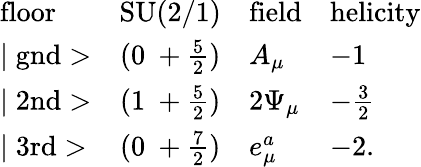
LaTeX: \begin{array}{lcll}{{\mathrm{floor}}}&{{\mathrm{SU(2/1)}}}&{{\mathrm{field}}}&{{\mathrm{helicity}}}\\ {{\mid\mathrm{gnd}>}}&{{(0~+\frac{5}{2})}}&{{A_{\mu}}}&{{-1}}\\ {{\mid\mathrm{2nd}>}}&{{(1~+\frac{5}{2})}}&{{2\Psi_{\mu}}}&{{-\frac{3}{2}}}\\ {{\mid\mathrm{3rd}>}}&{{(0~+\frac{7}{2})}}&{{e_{\mu}^{a}}}&{{-2.}}\end{array}